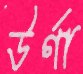
উর্ণা